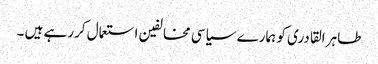
طاہر القادری کو ہمارے سیاسی مخالفین استعمال کررہے ہیں ۔